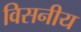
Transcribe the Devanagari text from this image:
विसनीय